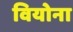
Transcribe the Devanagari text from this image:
वियोना